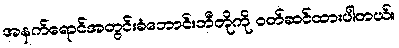
အနက်ရောင်အတွင်းခံဘောင်းဘီတိုကို ဝတ်ဆင်ထားပါတယ်။